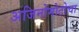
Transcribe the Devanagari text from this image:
अजिनोमोटोचा